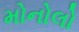
મોનોલો